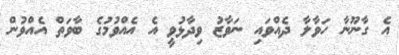
އެ ގާނޫނާ ހަވާލާ ދެއްވައި ނަވާޒު ވިދާޅުވީ އެ އެއްވުމުގެ ބާވަތް އެއްވުން